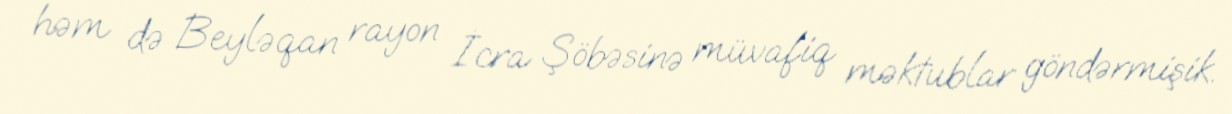
həm də Beyləqan rayon İcra Şöbəsinə müvafiq məktublar göndərmişik.